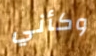
وكأني